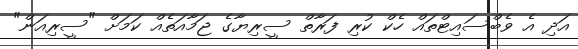
އަދި އެ ވެބްސައިޓްތައް ހެކް ކުރި ފަރާތް ސީރިޔާގެ ޖަމާއަތެއް ކަމަށް "ސީރިއަން"